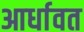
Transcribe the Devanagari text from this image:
आर्धावत